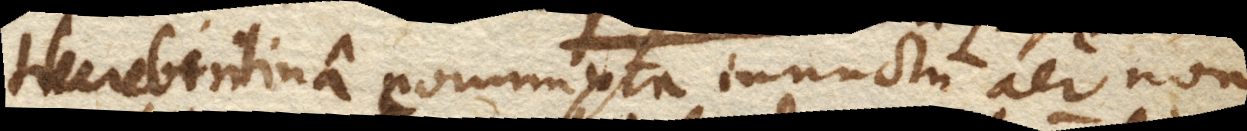
therebintina commixta inunctum aer non